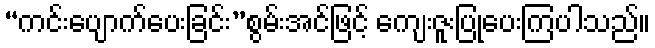
“ကင်းပျောက်ပေးခြင်း”စွမ်းအင်ဖြင့် ကျေးဇူးပြုပေးကြပါသည်။